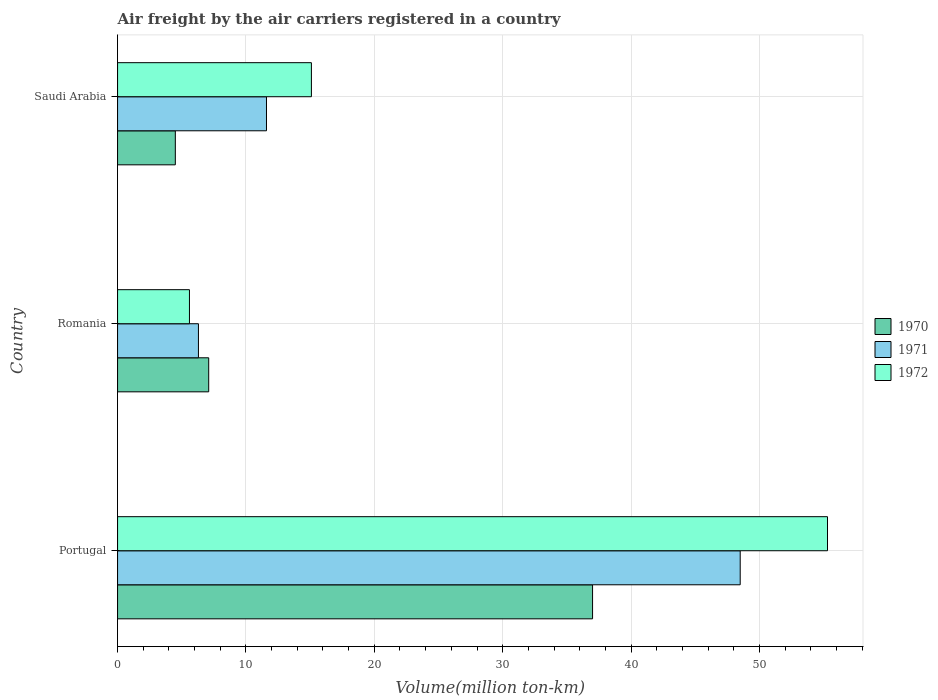
| Country | 1970 | 1971 | 1972 |
 | --- | --- | --- | --- |
 | Portugal | 37 | 48.5 | 55.3 |
 | Romania | 7.1 | 6.3 | 5.6 |
 | Saudi Arabia | 4.5 | 11.6 | 15.1 |